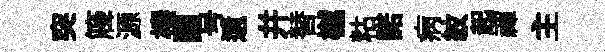
突簰源榛闚号遺并替樾䊀諾病紋起禈主